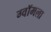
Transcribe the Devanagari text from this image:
ग्वॉमला